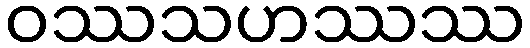
ဝဿသဟဿဿ